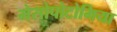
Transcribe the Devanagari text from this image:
मेसोपोटोमिया